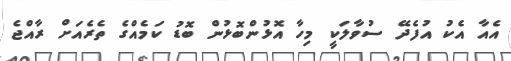
އެއާ އެކު އުފެދޭ ސުވާލަކީ މިހާ އޮޅުންބޮޅުން ބޮޑު ކަމެއްގެ ތެރެއަށް ރާއްޖެ